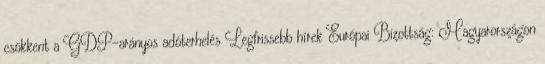
csökkent a GDP-arányos adóterhelés Legfrissebb hírek Európai Bizottság: Magyarországon